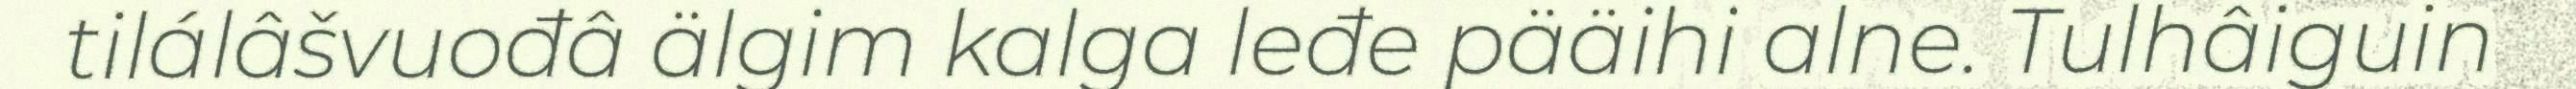
tilálâšvuođâ älgim kalga leđe pääihi alne. Tulhâiguin